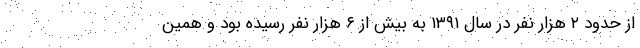
از حدود ۲ هزار نفر در سال ۱۳۹۱ به بیش از ۶ هزار نفر رسیده بود و همین